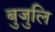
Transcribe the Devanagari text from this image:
बुजुलि